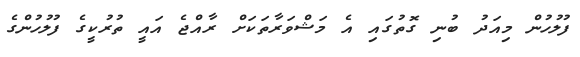
ފުލުހުން މިއަދު ބުނި ގޮތުގައި އެ މަޝްވަރާތަކަށް ރާއްޖެ އައީ ތުރުކީގެ ފުލުހުންގެ